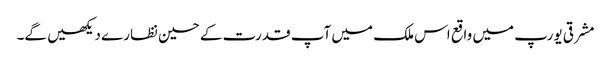
مشرقی یورپ میں واقع اس ملک میں آپ قدرت کے حسین نظارے دیکھیں گے۔